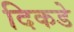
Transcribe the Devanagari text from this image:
दिकडे